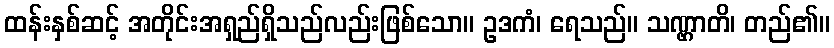
ထန်းနှစ်ဆင့် အတိုင်းအရှည်ရှိသည်လည်းဖြစ်သော။ ဥဒကံ၊ ရေသည်။ သဏ္ဌာတိ၊ တည်၏။